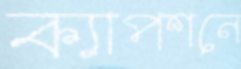
ক্যাপশনে